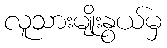
လူသားမျိုးနွယ်မှ